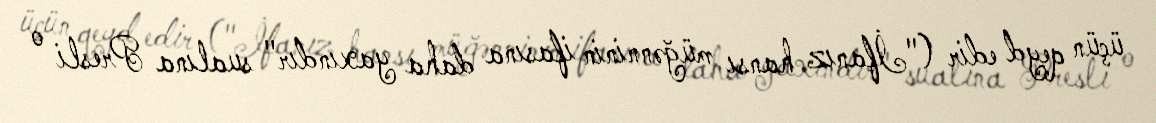
üçün qeyd edir ("İfanız hansı müğənninin ifasına daha yaxındır" sualına Presli o